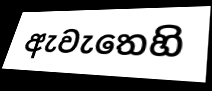
ඇවැතෙහි